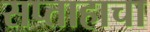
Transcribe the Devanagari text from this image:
सप्ताहाचा